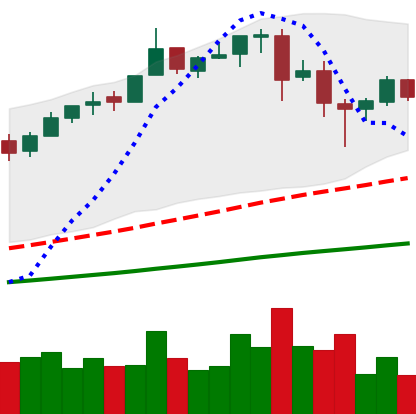
Ticker: BTC-USD
Chart end date: 2017-06-18
Forward return: 7.716%
Label: up_7plus